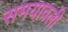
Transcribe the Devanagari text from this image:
समयावली